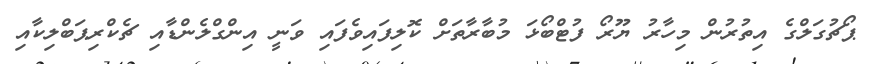
ޕޯޗުގަލްގެ އިތުރުން މިހާރު ޔޫރޯ ފުޓްބޯޅަ މުބާރާތަށް ކޮލިފައިވެފައި ވަނީ އިންގްލެންޑާއި ޗެކްރިޕަބްލިކާއި